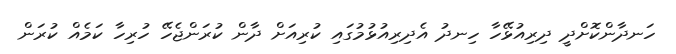
ހަނދާންކޮށްދީ ދިރިއުޅޭހާ ހިނދު އެދިރިއުޅުމުގައި ކުރިއަށް ދާން ކުރަންޖެހޭ ހުރިހާ ކަމެއް ކުރަން